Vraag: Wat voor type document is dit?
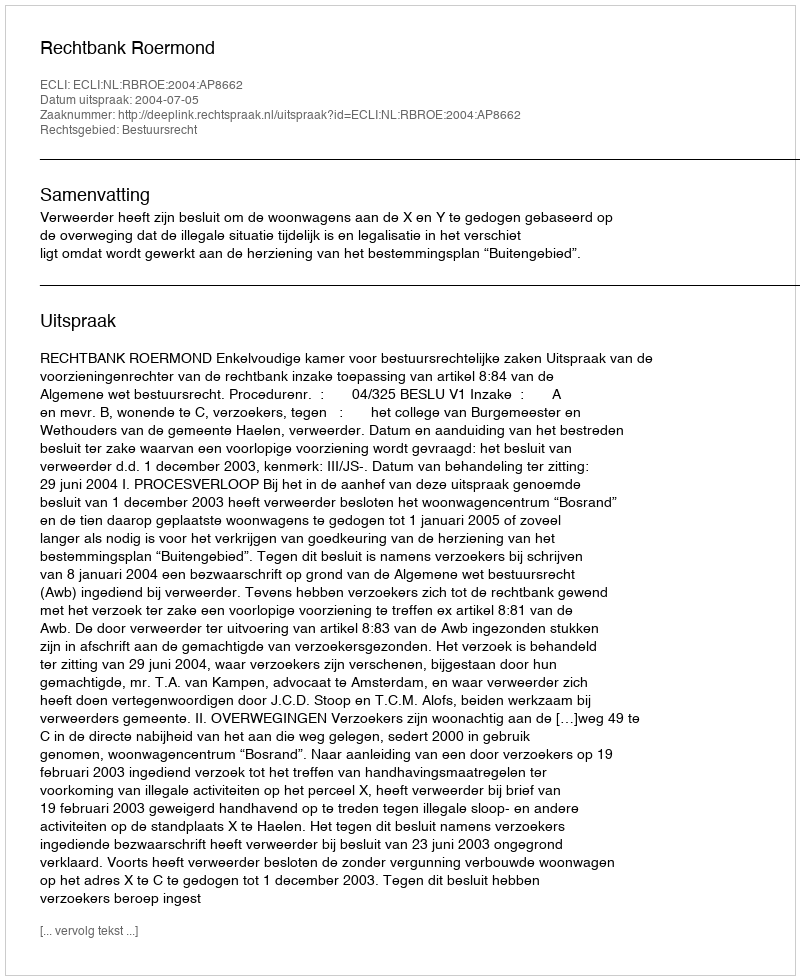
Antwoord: Uitspraak